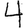
Digit: 4